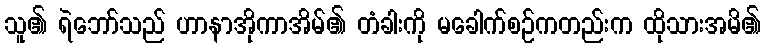
သူ၏ ရဲဘော်သည် ဟာနာအိုကာအိမ်၏ တံခါးကို မခေါက်စဉ်ကတည်းက ထိုသားအမိ၏